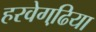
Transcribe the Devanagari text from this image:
हरवेगढि़या